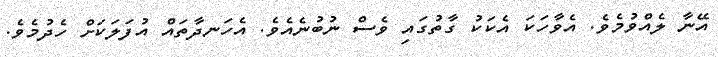
އޭނާ ލެއްވުމެވެ. އެވާހަކަ އެކަކު ގާތުގައި ވެސް ނުބުނެއެވެ. އެހަނދާތައް އުފަލަކަށް ހެދުމެވެ.